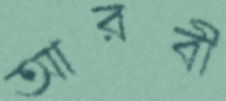
আরবী